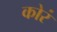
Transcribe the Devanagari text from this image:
कोरं